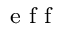
_ { \textrm { e f f } }